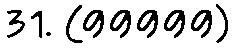
31. (99999)